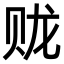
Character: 𫎦